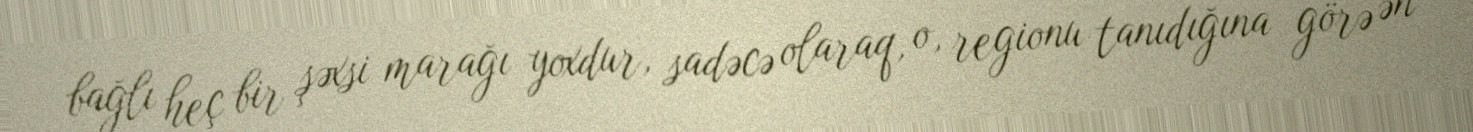
bağlı heç bir şəxsi marağı yoxdur, sadəcə olaraq, o, regionu tanıdığına görə ən